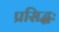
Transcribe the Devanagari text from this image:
प्रसिद्धः